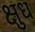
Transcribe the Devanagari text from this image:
क्षुध